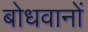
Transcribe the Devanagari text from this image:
बोधवानों